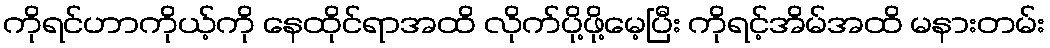
ကိုရင်ဟာကိုယ့်ကို နေထိုင်ရာအထိ လိုက်ပို့ဖို့မေ့ပြီး ကိုရင့်အိမ်အထိ မနားတမ်း